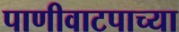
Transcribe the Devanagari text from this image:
पाणीवाटपाच्या